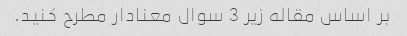
بر اساس مقاله زیر 3 سوال معنادار مطرح کنید.